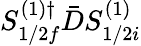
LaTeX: S_{1/2f}^{(1)\dagger}\bar{D}S_{1/2i}^{(1)}